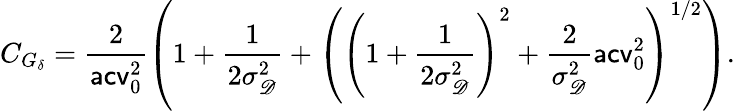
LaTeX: C_{G_{\delta}}=\frac{2}{\mathsf{acv}_{0}^{2}}\left(1+\frac{1}{2\sigma_{\mathscr D}^{2}}+\left(\left(1+\frac{1}{2\sigma_{\mathscr D}^{2}}\right)^{2}+\frac{2}{\sigma_{\mathscr D}^{2}}\mathsf{acv}_{0}^{2}\right)^{1/2}\right).